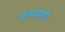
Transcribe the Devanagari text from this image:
पापाचारी